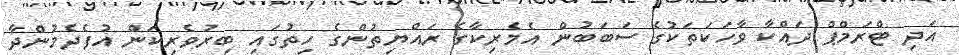
އަދި ޓްރަމްޕް ދައްކާ ވާހަކަތަކުގެ ސަބަބުން އެމެރިކާގެ ރައްޔިތުންގެ ހިތުގައި ބިރުވެރިކަން އުފެދެމުންދާ